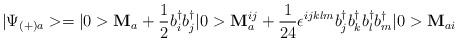
\begin{align*}|\Psi_{(+)a}>=|0>{\bf M}_a+\frac{1}{2}b_i^{\dagger}b_j^{\dagger}|0>{\bf M}_a^{ij}+\frac{1}{24}\epsilon^{ijklm}b_j^{\dagger}b_k^{\dagger}b_l^{\dagger}b_m^{\dagger}|0>{\bf M}_{ai}\end{align*}